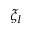
\xi _ { I }